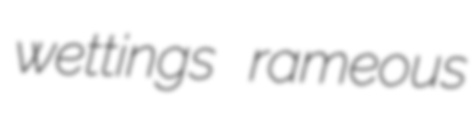
wettings rameous